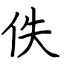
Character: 佚